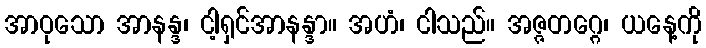
အာဝုသော အာနန္ဒ၊ ငါ့ရှင်အာနန္ဒာ။ အဟံ၊ ငါသည်။ အဇ္ဇတဂ္ဂေ၊ ယနေ့ကို